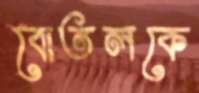
বোতলকে